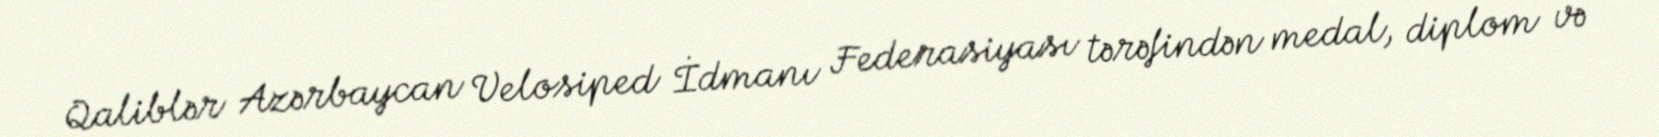
Qaliblər Azərbaycan Velosiped İdmanı Federasiyası tərəfindən medal, diplom və